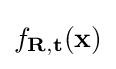
f_{\mathbf {R} ,\mathbf {t} }(\mathbf {x} )